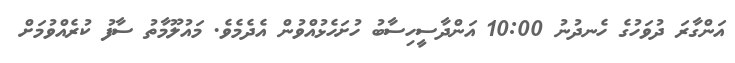
އަންގާރަ ދުވަހުގެ ހެނދުނު 10:00 އަންދާސީހިސާބު ހުށަހެޅުއްވުން އެދެމެވެ. މައުލޫމާތު ސާފު ކުރެއްވުމަށް